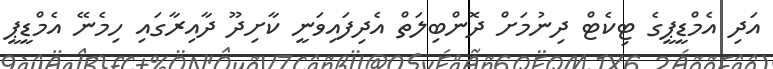
އަދި އެމްޑީޕީގެ ޓިކެޓް ދިނުމަށް ދޮންބިލަތް އެދިފައިވަނީ ކާށިދޫ ދާއިރާގައި ހިމެނޭ އެމްޑީޕީ